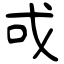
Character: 戓